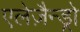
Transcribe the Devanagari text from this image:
एलेज़ैन्ड्रो